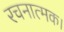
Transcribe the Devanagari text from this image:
रचनात्मक।